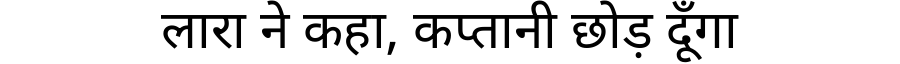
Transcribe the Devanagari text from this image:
लारा ने कहा, कप्तानी छोड़ दूँगा